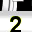
Digit: 2